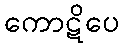
ကောဋိပေ